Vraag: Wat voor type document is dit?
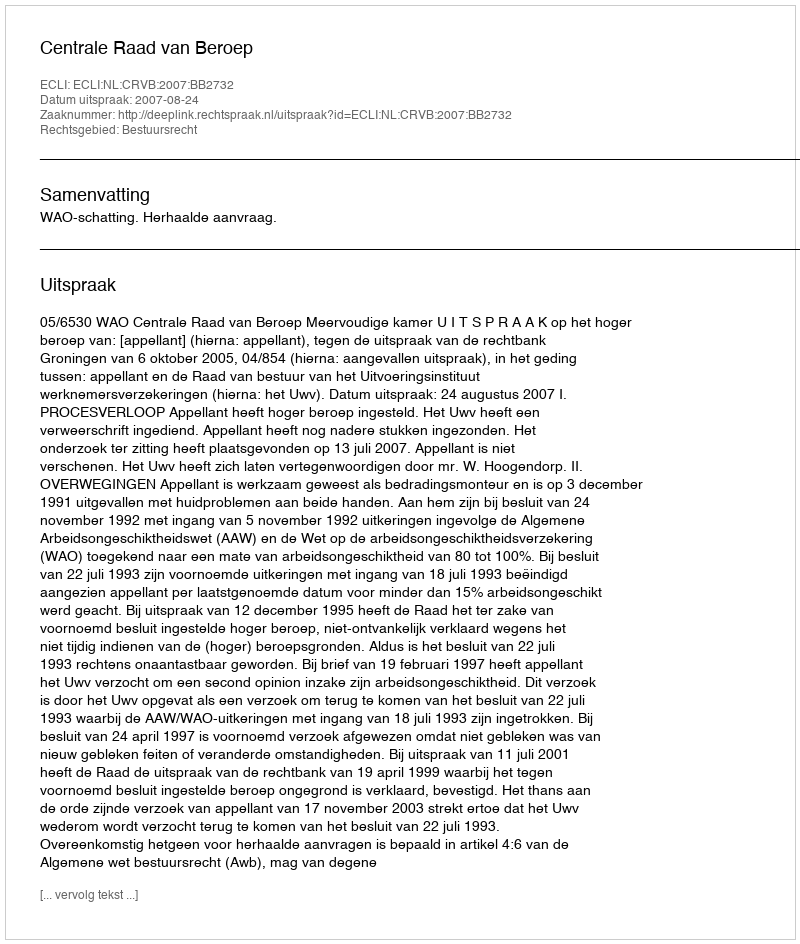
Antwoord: Uitspraak